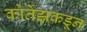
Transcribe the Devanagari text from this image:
कोर्तेझकडून